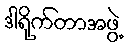
ဒါရိုက်တာအဖွဲ့